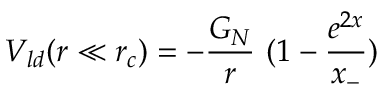
V _ { l d } ( r \ll r _ { c } ) = - \frac { G _ { N } } { r } ~ ( 1 - \frac { e ^ { 2 x } } { x _ { - } } )